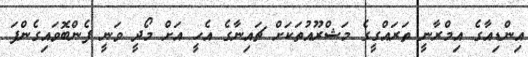
އިންޑިއާގެ އިމްރާނީ ތަރައްގީގެ މަޝްރޫއުތަކަށް ޗައިނާގެ އެހީ އަށް މޯދީ ވަނީ ފެންބޮވައިގެންފަ